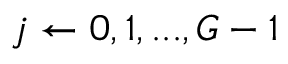
j \gets 0 , 1 , . . . , G - 1